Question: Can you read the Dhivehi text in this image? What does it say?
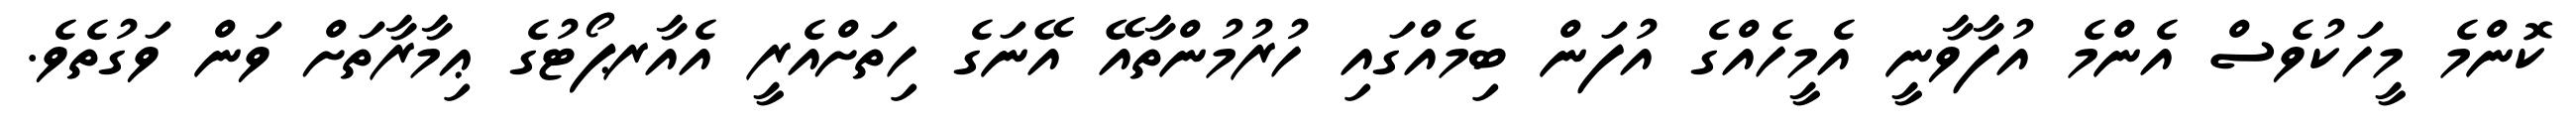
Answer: ކޮންމެ މީހަކުވެސް އެންމެ އުފާވާނީ އެމީހެއްގެ އުފަން ބިމެއްގައި ހުރުމުންތާއޭ އޭނަގެ ހިތަށްއެރީ އެއާރޕޯޓުގެ ޢިމާރާތަށް ވަން ވަގުތެވެ.